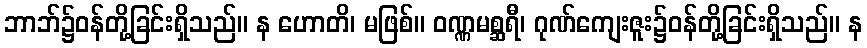
ဘာဘ်၌ဝန်တို့ခြင်းရှိသည်။ န ဟောတိ၊ မဖြစ်။ ဝဏ္ဏမစ္ဆရီ၊ ဂုဏ်ကျေးဇူး၌ဝန်တို့ခြင်းရှိသည်။ န